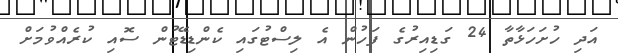
އަދި ހުށަހަޅާތާ 24 ގަޑިއިރުގެ ފަހުން އެ ލިސްޓުގައި ކެންޑިޑޭޓުން ސޮއި ކުރެއްވުމަށް